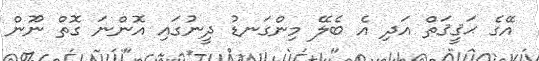
އޭގެ ޙަޤީޤަތް އަދި އެ ބެލޭ މިންގަނޑު ދީނުގައި އޮންނަ ގޮތް ނޫން